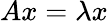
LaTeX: Ax=\lambda x